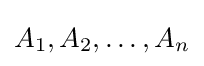
A_{1},A_{2},\ldots ,A_{n}